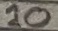
Text: 10